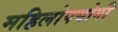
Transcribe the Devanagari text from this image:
महिलोपयोगी